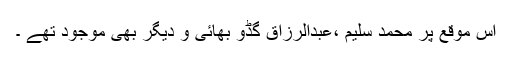
اس موقع پر محمد سلیم ،عبدالرزاق گڈو بھائی و دیگر بھی موجود تھے ۔